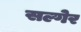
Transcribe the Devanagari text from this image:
सल्गेर